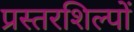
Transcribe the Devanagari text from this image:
प्रस्तरशिल्पों